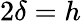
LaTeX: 2\delta=h